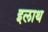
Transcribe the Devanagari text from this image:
इलाथ